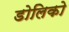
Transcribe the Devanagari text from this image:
डोलिको